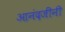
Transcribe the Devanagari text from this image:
आनंदजींनी